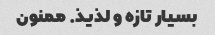
بسیار تازه و لذیذ. ممنون